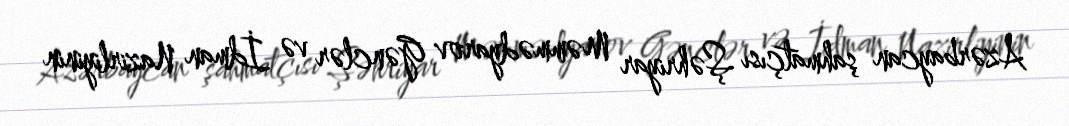
Azərbaycan şahmatçısı Şəhriyar Məmmədyarov Gənclər və İdman Nazirliyinin